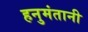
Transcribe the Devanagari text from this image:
हनुमंतानी